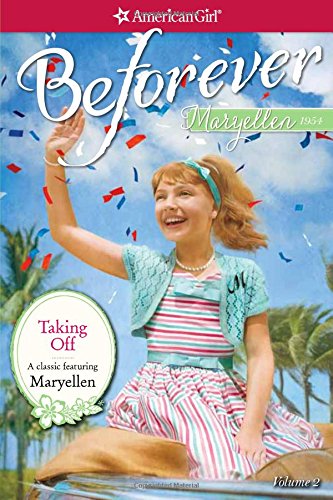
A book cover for Taking Off: A Maryellen Classic 2 (American Girl: Beforever); Valerie Tripp; Children's Books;